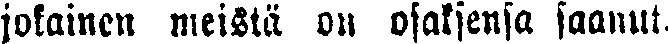
jokainen meistä on osaksensa saanut.